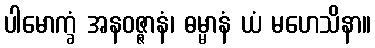
ပါမောက္ခံ အနဝဇ္ဇာနံ၊ ဓမ္မာနံ ယံ မဟေသိနာ။